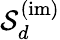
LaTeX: {\cal S}_{d}^{(\mathrm{im)}}